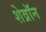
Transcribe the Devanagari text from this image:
शेव्रॉन